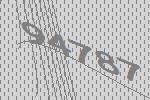
94787